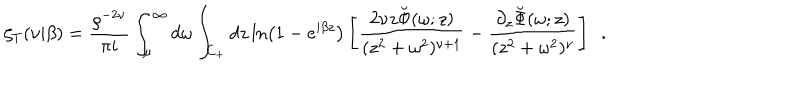
\zeta _ { T } ( \nu | \beta ) = { \frac { \varrho ^ { - 2 \nu } } { \pi i } } \int _ { \mu } ^ { \infty } d \omega \int _ { C _ { + } } d z \ln \left( 1 - e ^ { i \beta z } \right) \left[ { \frac { 2 \nu z \breve { \Phi } ( \omega ; z ) } { ( z ^ { 2 } + \omega ^ { 2 } ) ^ { \nu + 1 } } } - { \frac { \partial _ { z } \breve { \Phi } ( \omega ; z ) } { ( z ^ { 2 } + \omega ^ { 2 } ) ^ { \nu } } } \right] ~ ~ .